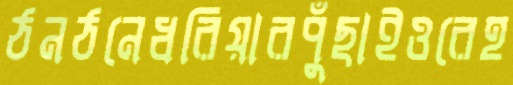
ঠনঠনেধরিয়ারপুঁছাইওরেহ